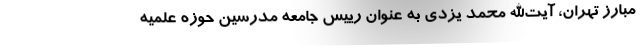
مبارز تهران، آیت‌الله محمد یزدی به عنوان رییس جامعه مدرسین حوزه علمیه